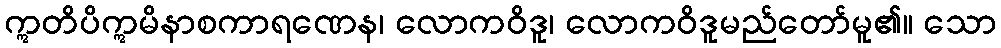
ဣတိပိဣမိနာစကာရဏေန၊ လောကဝိဒူ၊ လောကဝိဒူမည်တော်မူ၏။ သော